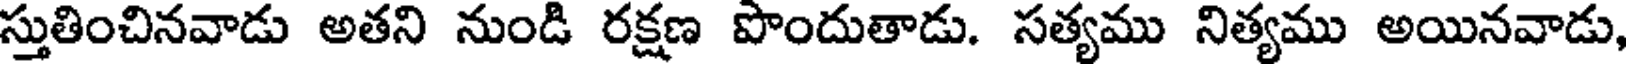
స్తుతించినవాడు అతని నుండి రక్షణ పొందుతాడు. సత్యము నిత్యము అయినవాడు,